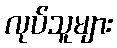
လုပ်သူများ